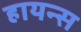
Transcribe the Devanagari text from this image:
हायन्स